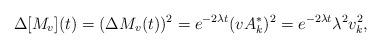
LaTeX: \begin{align*}\Delta[M_v](t)=(\Delta M_v(t))^2=e^{-2\lambda t}(vA^*_k)^2=e^{-2\lambda t}\lambda^2v_{k}^2,\end{align*}